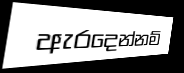
ඇරදෙන්නම්